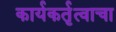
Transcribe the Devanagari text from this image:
कार्यकर्तृत्वाचा